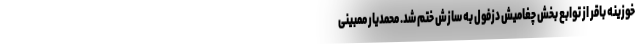
خوزینه باقر از توابع بخش چغامیش دزفول به سازش ختم شد. محمدیار ممبینی